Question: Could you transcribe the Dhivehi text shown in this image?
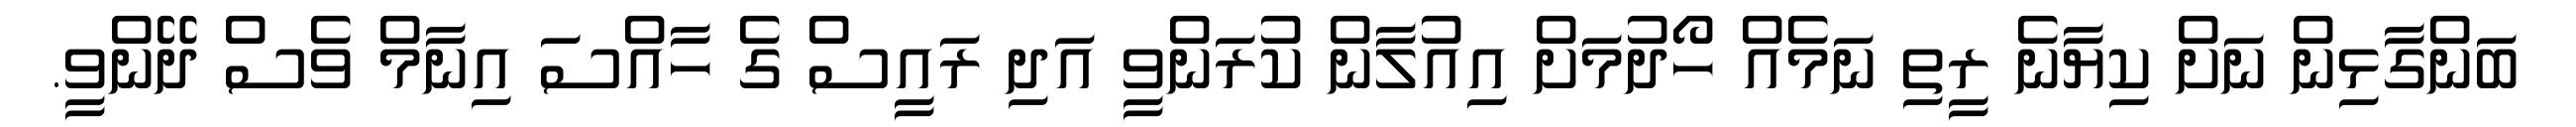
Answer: ބަންގާޅިން ނަށް ކިޔާނެ ރީތި ނަމެއް ހޯދުމަށް އިއުލާން ކުރަންވީ އަދި ރައީސް ގެ ހާއްސަ އިނާމް ވެސް ދޭންވީ.